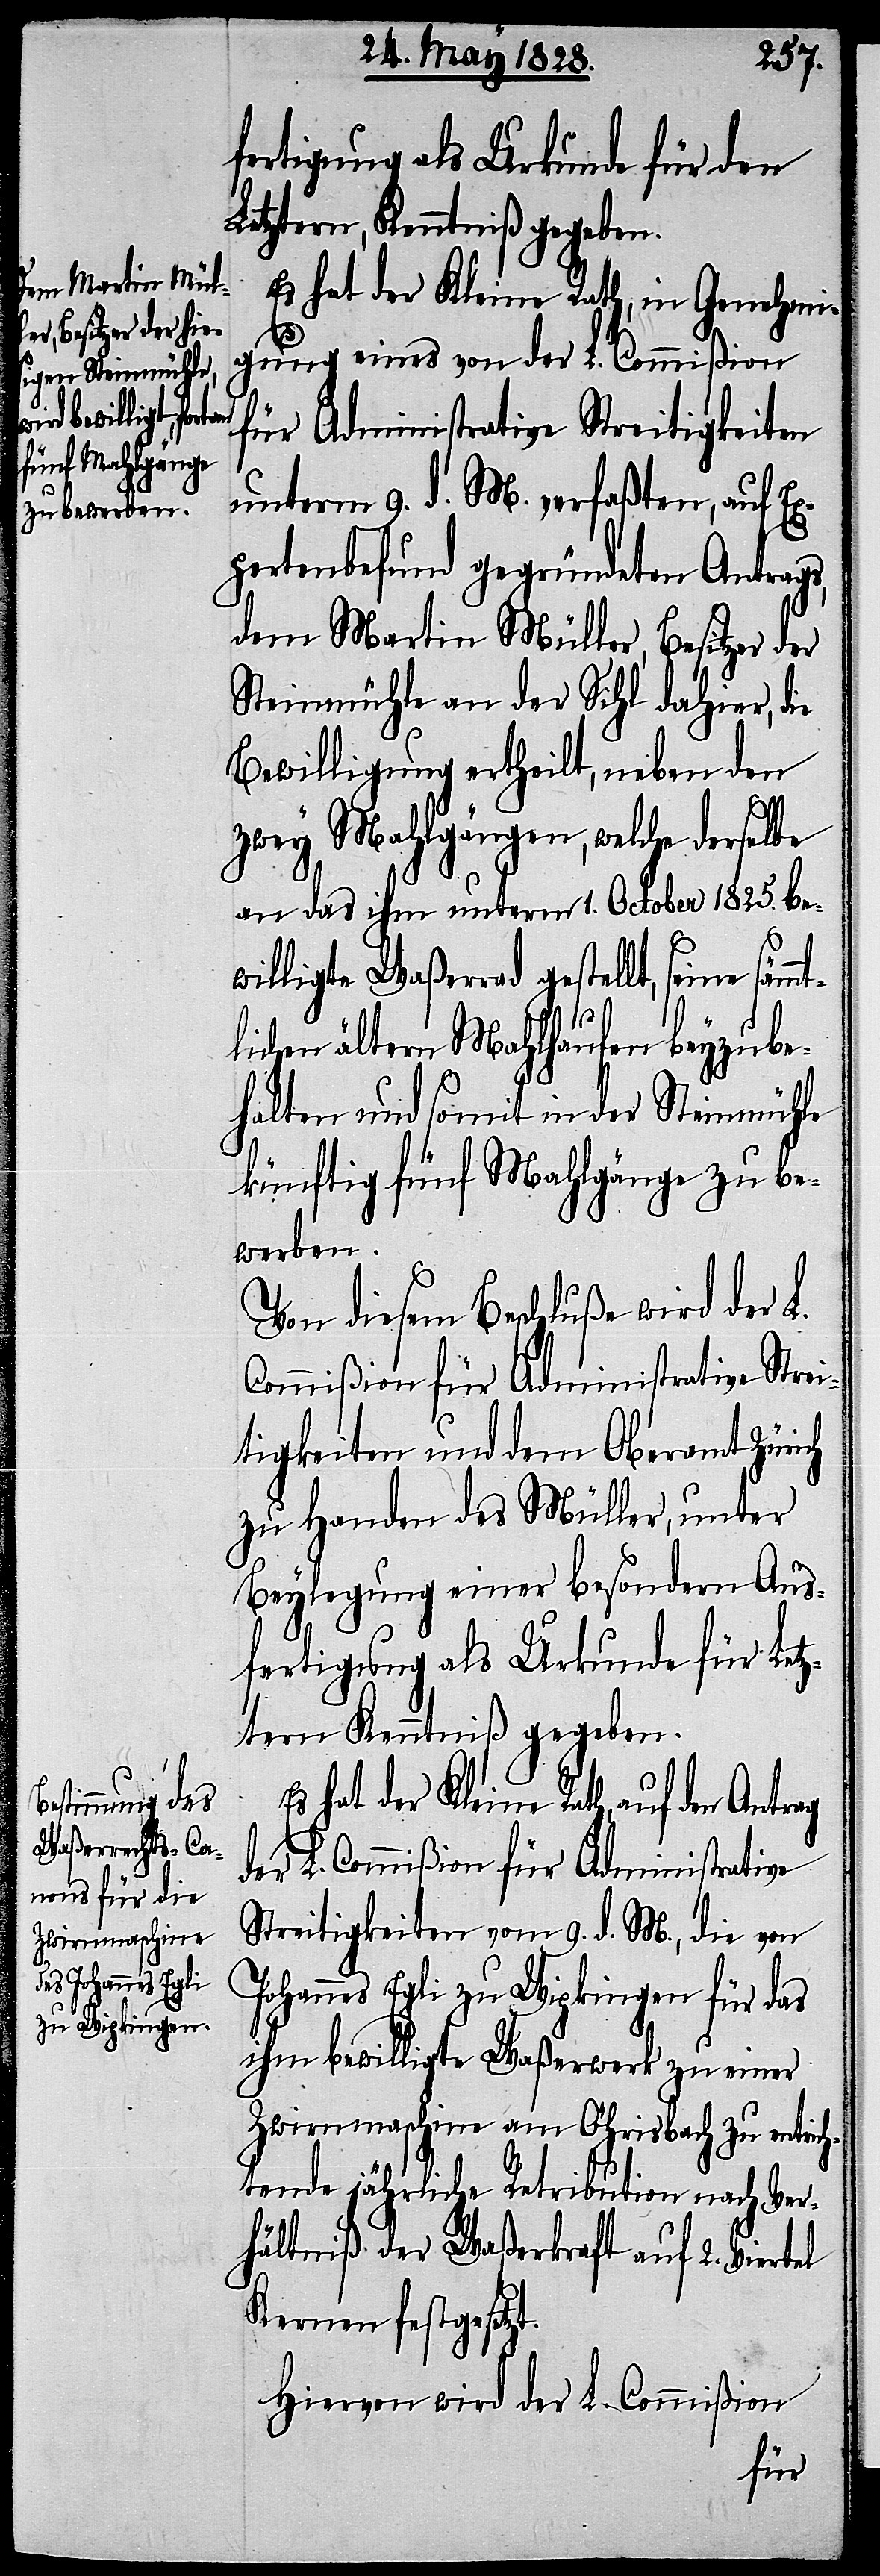
fertigung als Urkunde für den
Letztern, Kenntniß gegeben.
Es hat der Kleine Rath, in Genehmi¬
t.
gung eines von der L. Commißion
für Administrative Streitigkeiten
unterm 9. d. M. verfaßten, auf E¬
xpertenbefund gegründeten Antrags,
dem Martin Müller, Besitzer der
Steinmühle an der Sihl dahier, die
Bewilligung ertheilt, neben den
zwey Mahlgängen, welche derselbe
an das ihm unterm 1. October 1825. bew¬
illigte Waßerrad gestellt, seine säm¬
tlichen ältern Mahlhaufen beyzube¬
halten und somit in der Steinmühle
künftig fünf Mahlgänge zu be¬
werben.
Von diesem Beschluße wird der L.
Commißion für Administrative Strei¬
tigkeiten und dem Oberamt Zürich
zu Handen des Müller, unter
Beylegung einer besondern Aus¬
fertigung als Urkunde für Letz¬
tern Kenntniß gegeben.
Es hat der Kleine Rath, auf den
der L. Commißion für Administrative
Streitigkeiten vom 9. d. M., die von
Johannes Egli zu Wipkingen für das
ihm bewilligte Waßerwerk zu einer
Zwirnmaschine am Öhrisbach zu entrich¬
tende jährliche Retribution nach Ver¬
hältniß der Waßerkraft auf 2. Viertel
Kernen festgesetz¬
Hiervon wird der L. Commißion